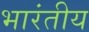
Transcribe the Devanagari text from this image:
भारंतीय